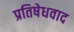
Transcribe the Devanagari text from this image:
प्रतिषेधवाद